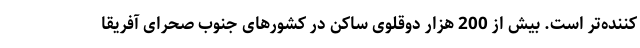
کننده‌تر است. بیش از 200 هزار دوقلوی ساکن در کشورهای جنوب صحرای آفریقا